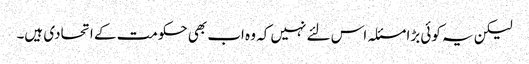
لیکن یہ کوئی بڑا مسئلہ اس لئے نہیں کہ وہ اب بھی حکومت کے اتحادی ہیں۔